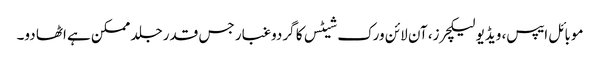
موبائل ایپس، ویڈیو لیکچرز، آن لائن ورک شیٹس کا گردوغبار جس قدر جلد ممکن ہے اٹھا دو۔